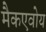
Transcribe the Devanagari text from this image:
मैकएवोय